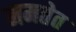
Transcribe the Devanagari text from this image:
ममतेत